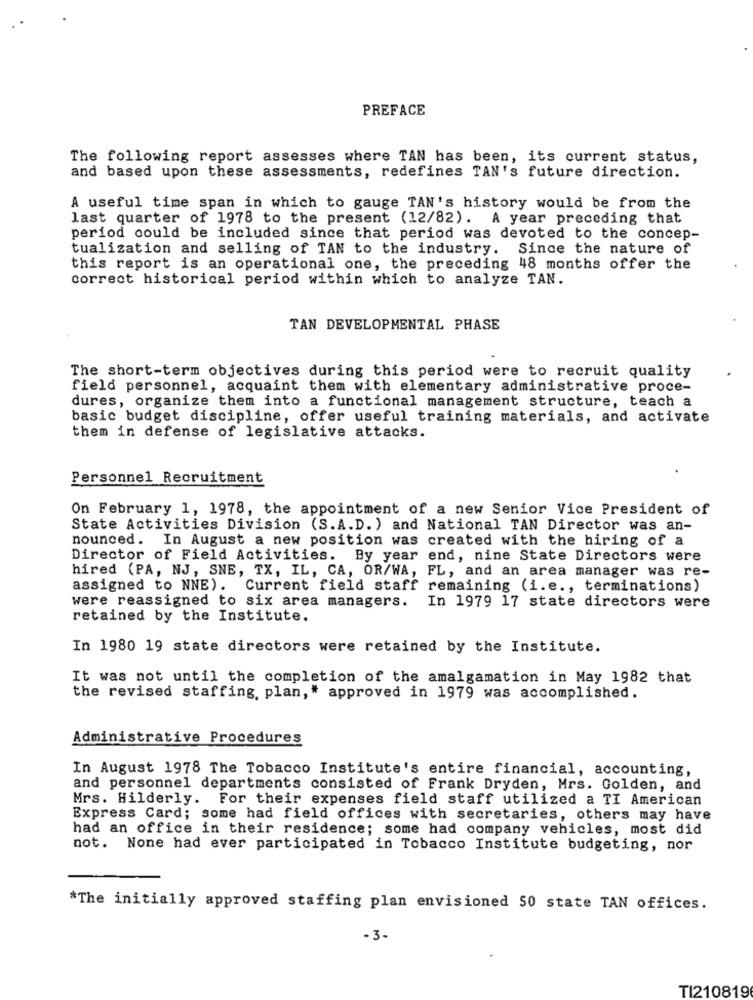
PREFACE
The following report assesses where TAN has been, its current status,
and based upon these assessments, redefines TAN's future direction.
A useful time span in which to gauge TAN's history would be from the
last quarter of 1978 to the present (12/82). A year preceding that
period could be included since that period was devoted to the concep-
tualization and selling of TAN to the industry. Since the nature of
this report is an operational one, the preceding 48 months offer the
correct historical period within which to analyze TAN.
TAN DEVELOPMENTAL PHASE
The short-term objectives during this period were to recruit quality
field personnel, acquaint them with elementary administrative proce-
dures, organize them into a functional management structure, teach a
basic budget discipline, offer useful training materials, and activate
them in defense of legislative attacks.
Personnel Recruitment
On February 1, 1978, the appointment of a new Senior Vice President of
State Activities Division (S.A.D.) and National TAN Director was an-
nounced. In August a new position was created with the hiring of a
Director of Field Activities. By year end, nine State Directors were
hired (PA, NJ, SNE, TX, IL, CA, OR/WA, FL, and an area manager was re-
assigned to NNE).
Current field staff remaining (i. e ., terminations)
were reassigned to six area managers.
In 1979 17 state directors were
retained by the Institute.
In 1980 19 state directors were retained by the Institute.
It was not until the completion of the amalgamation in May 1982 that
the revised staffing. plan," approved in 1979 was accomplished.
Administrative Procedures
In August 1978 The Tobacco Institute's entire financial, accounting,
and personnel departments consisted of Frank Dryden, Mrs. Golden, and
Mrs. Hilderly. For their expenses field staff utilized a TI American
Express Card; some had field offices with secretaries, others may have
had an office in their residence; some had company vehicles, most did
not. None had ever participated in Tobacco Institute budgeting, nor
*The initially approved staffing plan envisioned 50 state TAN offices.
. 3.
TI210819